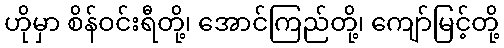
ဟိုမှာ စိန်ဝင်းရီတို့၊ အောင်ကြည်တို့၊ ကျော်မြင့်တို့